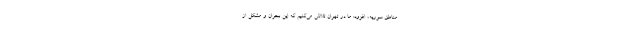
مناطق سوریه، افزود: ما در تهران تلاش می‌کنیم که این بحران و مشکل از